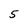
Character: 5